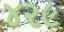
૪૨૯